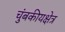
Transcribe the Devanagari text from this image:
चुंबकीयक्षेत्र